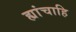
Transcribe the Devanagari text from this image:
ह्यांचाहि